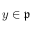
y \in { \mathfrak { p } }